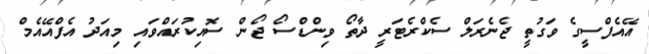
އޭއެފްސީގެ ވަގުތީ ޖެނެރަލް ސެކްރެޓަރީ ދާތޯ ވިންޑްސޯ ޖޯން ސޮއިކުރައްވައި މިއަދު އެފްއޭއެމް